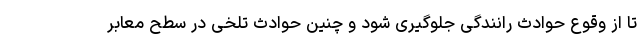
تا از وقوع حوادث رانندگی جلوگیری شود و چنین حوادث تلخی در سطح معابر